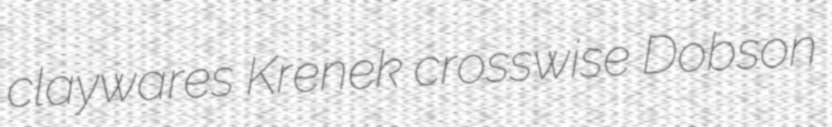
claywares Krenek crosswise Dobson